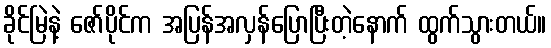
ခိုင်မြဲနဲ့ ဇော်ပိုင်က အပြန်အလှန်ပြောပြီးတဲ့နောက် ထွက်သွားတယ်။